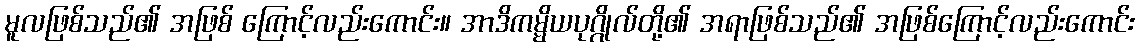
မူလဖြစ်သည်၏ အဖြစ် ကြောင့်လည်းကောင်း။ အာဒိကမ္မိယပုဂ္ဂိုလ်တို့၏ အရာဖြစ်သည်၏ အဖြစ်ကြောင့်လည်းကောင်း